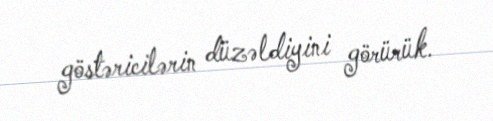
göstəricilərin düzəldiyini görürük.